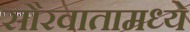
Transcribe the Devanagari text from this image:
सौरवातामध्ये